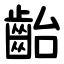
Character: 齝